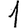
Digit: 1